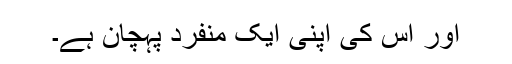
اور اس کی اپنی ایک منفرد پہچان ہے۔